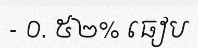
- ០. ៥២% ធៀប